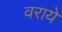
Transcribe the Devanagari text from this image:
वराये